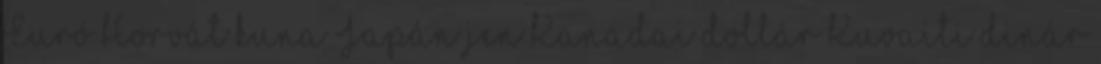
Euró Horvát kuna Japán jen Kanadai dollár Kuvaiti dinár